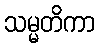
သမ္မတိကာ